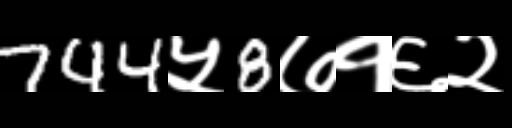
Text: 744५8७१६२